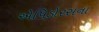
એપિડોરસના